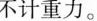
不计重力。